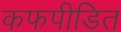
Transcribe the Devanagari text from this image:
कफपीडित